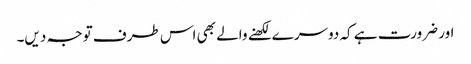
اور ضرورت ہے کہ دوسرے لکھنے والے بھی اس طرف توجہ دیں۔